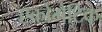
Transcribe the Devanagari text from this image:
एक्रोमैटिक